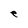
Character: e